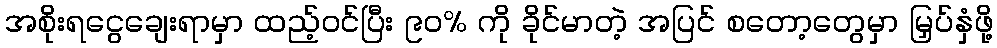
အစိုးရငွေချေးရာမှာ ထည့်ဝင်ပြီး ၉၀% ကို ခိုင်မာတဲ့ အပြင် စတော့တွေမှာ မြှပ်နှံဖို့